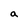
Character: a